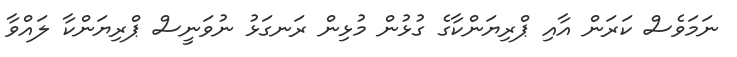
ނަމަވެސް ކަރަން އާއި ޕްރިޔަންކާގެ ގުޅުން މުޅިން ރަނގަޅު ނުވަނީސް ޕްރިޔަންކާ ލައްވާ